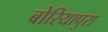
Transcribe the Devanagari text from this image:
बोरियापुरा